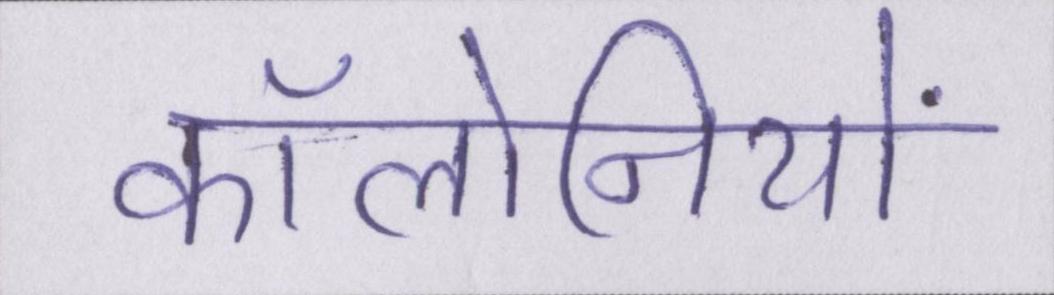
कॉलोनियों